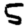
Digit: 5